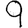
Digit: 9